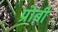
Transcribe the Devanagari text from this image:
प्रोबी